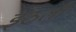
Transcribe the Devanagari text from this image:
इठली